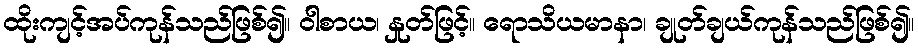
ထိုးကျင့်အပ်ကုန်သည်ဖြစ်၍။ ဝါစာယ၊ နှုတ်ဖြင့်။ ရောသိယမာနာ၊ ချုတ်ချယ်ကုန်သည်ဖြစ်၍။